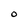
Character: O